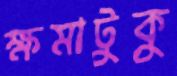
ক্ষমাটুকু